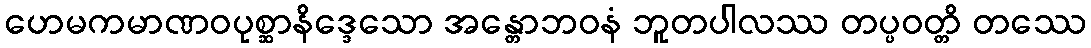
ဟေမကမာဏဝပုစ္ဆာနိဒ္ဒေသော အန္တောဘဝနံ ဘူတပါလဿ တပ္ပဝတ္တိ တဿေ